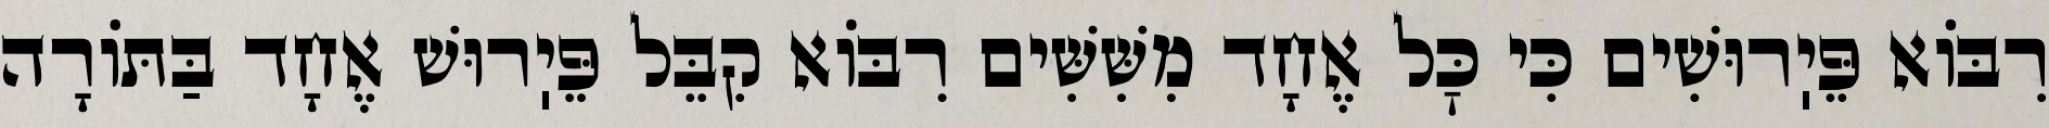
רִבּוֹא פֵּיֽרוּשִׁים כִּי כׇּל אֶחָד מִשִּׁשִּׁים רִבּוֹא קִבֵּל פֵּיֽרוּשׁ אֶחָד בַּתּוֹרָה